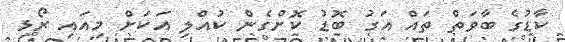
ކާޑުގެ ބާވަތް ތައް އަގު ބޮޑު ކޮށްގެން ކުއްލި އަކަށް މިއައި ރޯޅި